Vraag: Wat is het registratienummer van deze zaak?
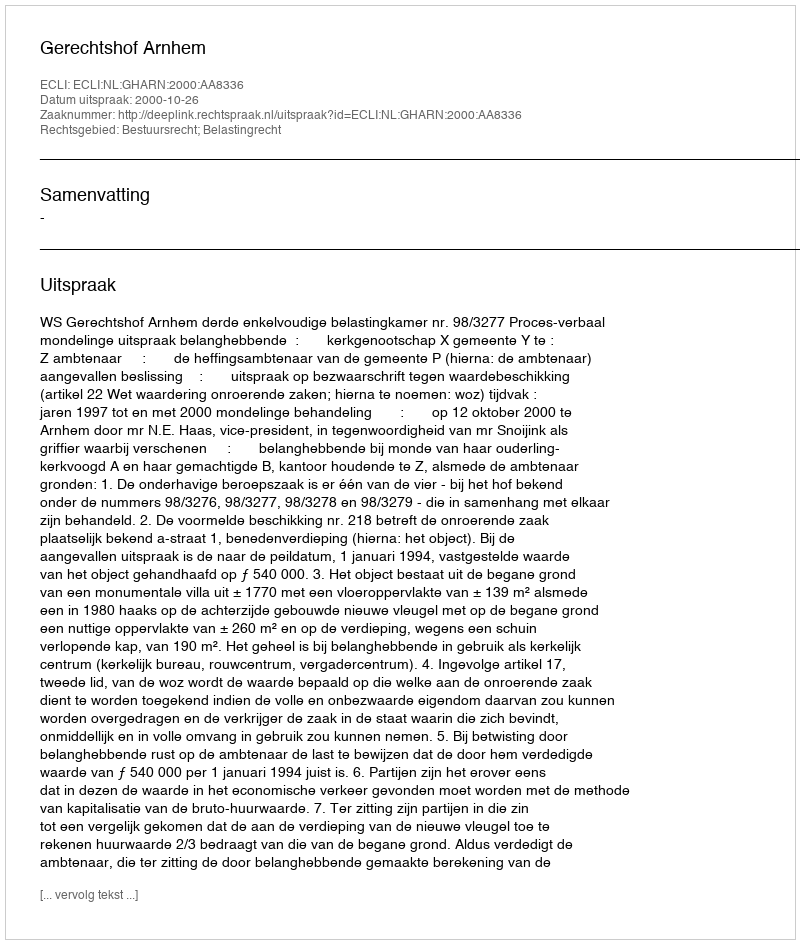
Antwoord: http://deeplink.rechtspraak.nl/uitspraak?id=ECLI:NL:GHARN:2000:AA8336